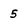
Character: 5